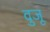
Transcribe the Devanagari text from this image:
वुजू